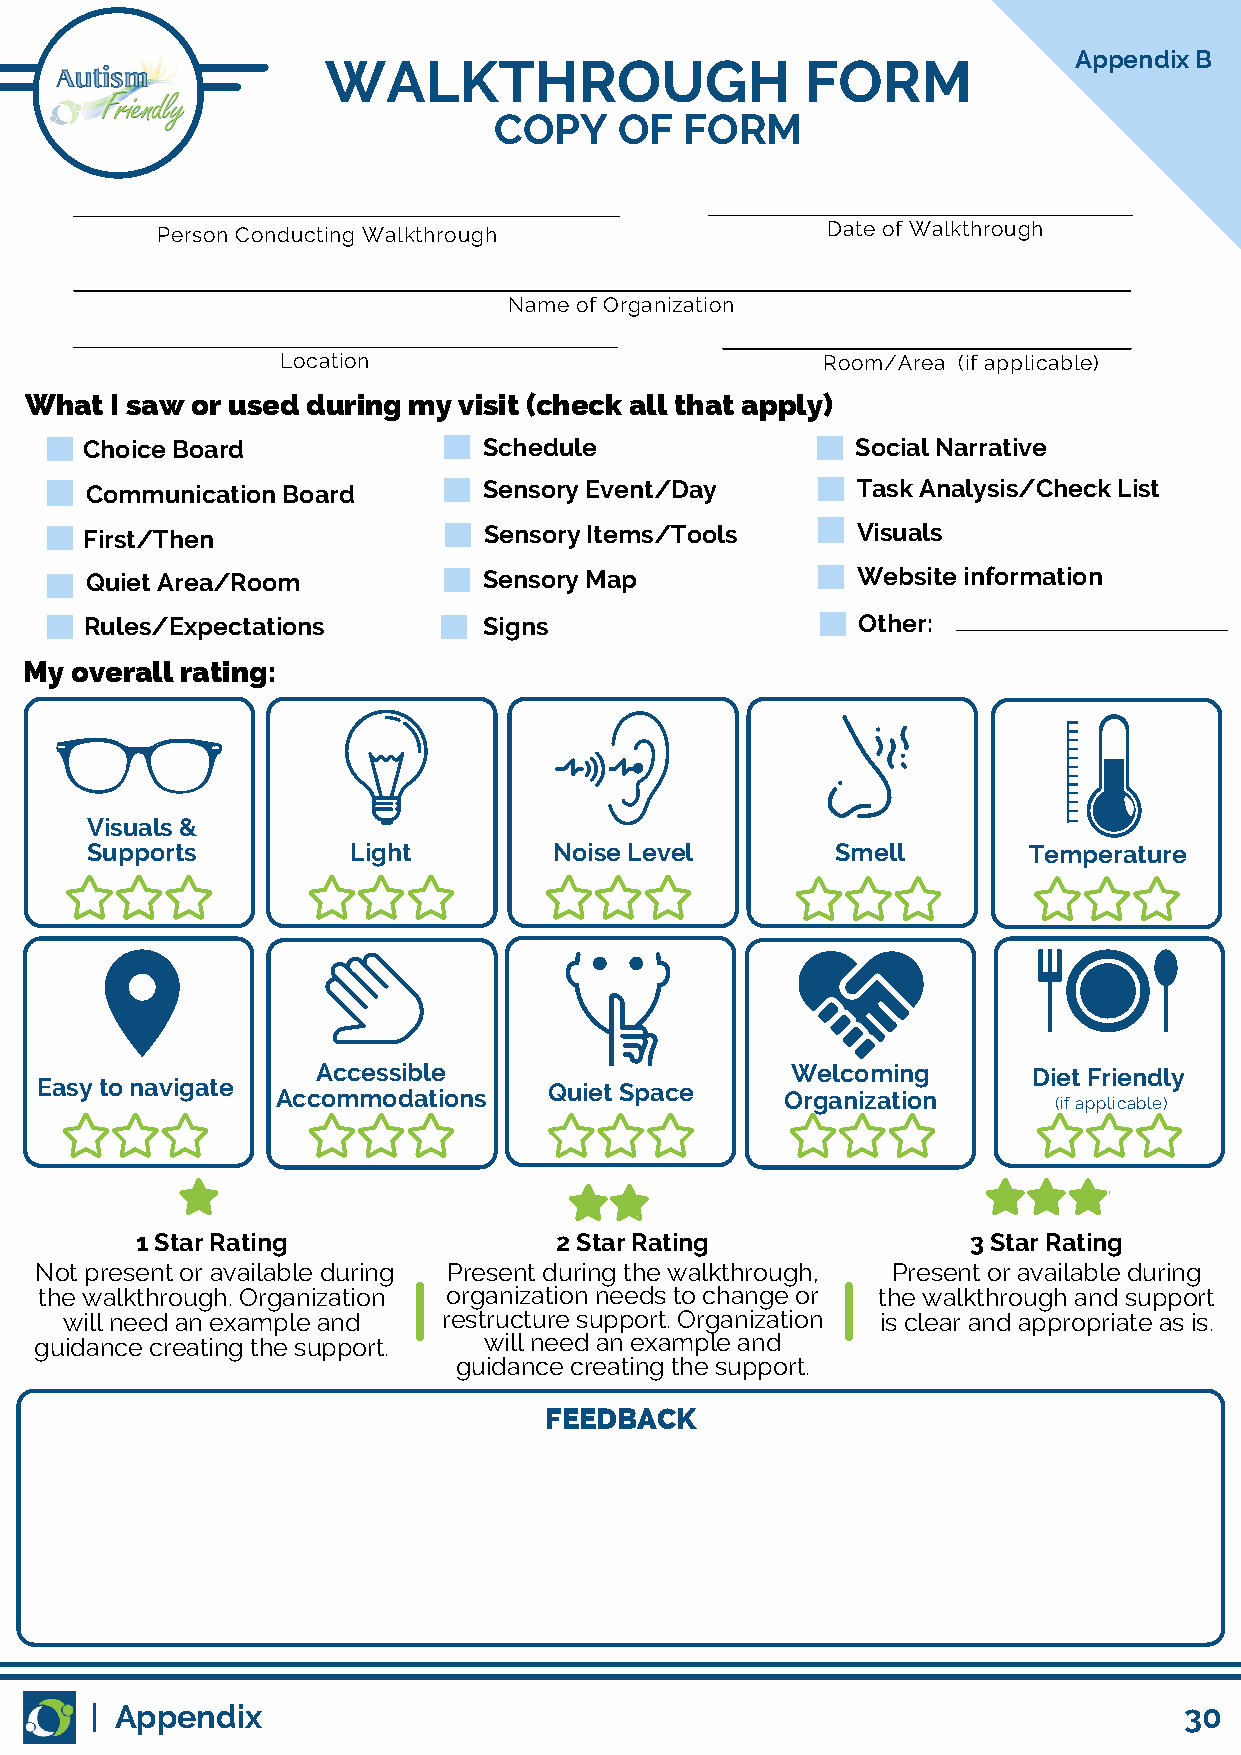
Appendix B
 WALKTHROUGH                     FORM
 COPY    OF  FORM
 Person Conducting Walkthrough                Date of Walkthrough
 Name of Organization
 Location                           Room/Area (if applicable)
 What I saw or used during my visit (check all that apply)
 Choice Board              Schedule                 Social Narrative
 Communication Board       Sensory Event/Day        Task Analysis/Check List
 First/Then                Sensory Items/Tools      Visuals
 Quiet Area/Room           Sensory Map              Website information
 Rules/Expectations        Signs                    Other:
 My overall rating:
 Visuals &
 Supports         Light         Noise Level       Smell        Temperature
 Accessible                     Welcoming       Diet Friendly
 Easy to navigate Accommodations   Quiet Space     Organization
 (if applicable)
 1 Star Rating               2 Star Rating              3 Star Rating
 Not present or available during Present during the walkthrough, Present or available during
 the walkthrough. Organization organization needs to change or the walkthrough and support
 will need an example and restructure support. Organization is clear and appropriate as is.
 guidance creating the support. will need an example and
 guidance creating the support.
 FEEDBACK
 | Appendix                                                              30